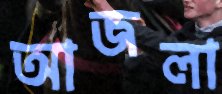
আজলা